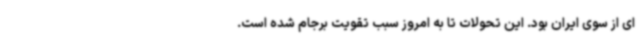
ای از سوی ایران بود. این تحولات تا به امروز سبب تقویت برجام شده است.